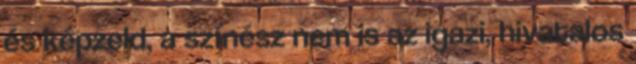
és képzeld, a színész nem is az igazi, hivatalos